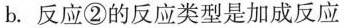
b. 反应②的反应类型是加成反应